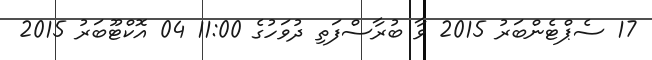
17 ސެޕްޓެންބަރު 2015 ވާ ބުރާސްފަތި ދުވަހުގެ 11:00 04 އޮކްޓޫބަރު 2015